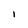
Character: I